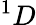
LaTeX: ^1D